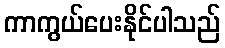
ကာကွယ်ပေးနိုင်ပါသည်